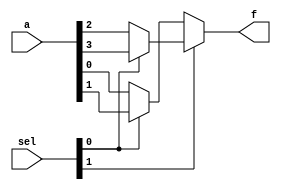
`timescale 1ns/100ps

module mux4to1_assign(f, a, sel);

	output f;
	input [3:0] a;
	input [1:0] sel;

	assign f = sel[1] ? (sel[0] ? a[3] : a[2]) : (sel[0] ? a[1] : a[0]);

endmodule